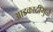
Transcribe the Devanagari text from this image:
आडकाठीमुळे